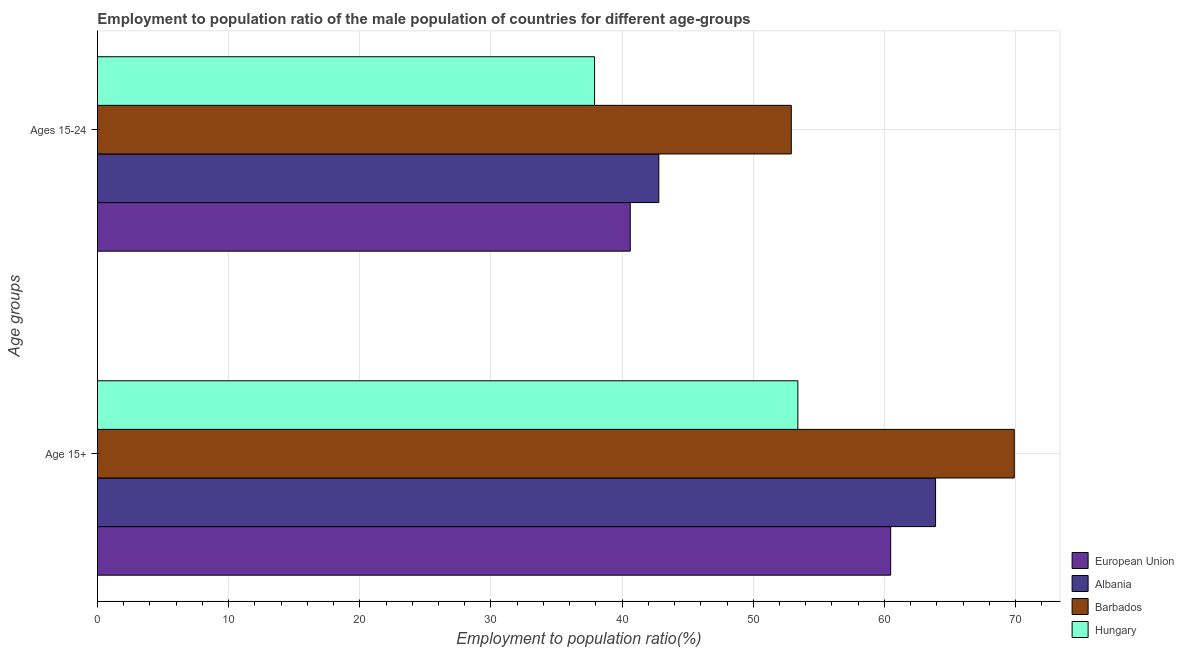
| Age groups | European Union | Albania | Barbados | Hungary |
 | --- | --- | --- | --- | --- |
 | Age 15+ | 60.5 | 63.9 | 69.9 | 53.4 |
 | Ages 15-24 | 40.6 | 42.8 | 52.9 | 37.9 |